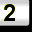
Digit: 2